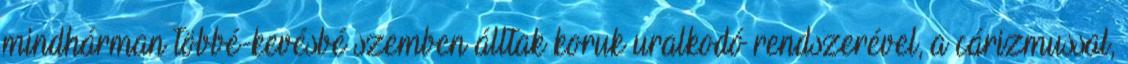
mindhárman többé-kevésbé szemben álltak koruk uralkodó rendszerével, a cárizmussal,